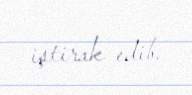
iştirak edib.